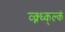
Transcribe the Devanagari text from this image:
व्क्न्ध्क्ल्कं